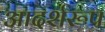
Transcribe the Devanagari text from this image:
आदर्शरूप